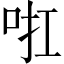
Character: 𠲞